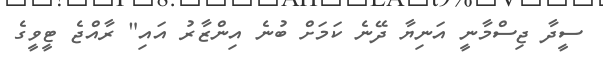
ސީދާ ޖިސްމާނީ އަނިޔާ ދޭނެ ކަމަށް ބުނެ އިންޒާރު އައި" ރާއްޖެ ޓީވީގެ